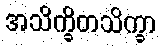
အသိက္ခိတသိက္ခာ